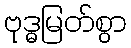
ဗုဒ္ဓမြတ်စွာ